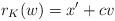
LaTeX: \begin{align*}r_K(w)=x'+cv\end{align*}